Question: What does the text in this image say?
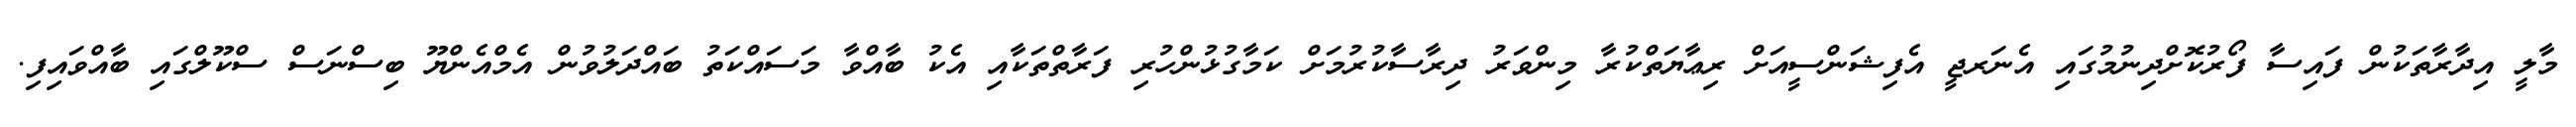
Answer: މާލީ އިދާރާތަކުން ފައިސާ ފޯރުކޮށްދިނުމުގައި އެނަރޖީ އެފިޝަންސީއަށް ރިޢާޔަތްކުރާ މިންވަރު ދިރާސާކުރުމަށް ކަމާގުޅުންހުރި ފަރާތްތަކާއި އެކު ބާއްވާ މަސައްކަތު ބައްދަލުވުން އެމްއެންޔޫ ބިސްނަސް ސްކޫލްގައި ބާއްވައިފި.